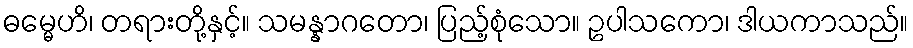
ဓမ္မေဟိ၊ တရားတို့နှင့်။ သမန္နာဂတော၊ ပြည့်စုံသော။ ဥပါသကော၊ ဒါယကာသည်။